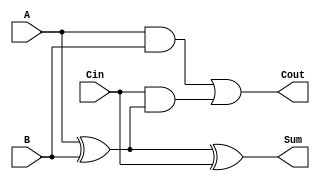
module FullAdder (
    input A,
    input B,
    input Cin,
    output Sum,
    output Cout
);
    assign Sum = A ^ B ^ Cin; // Sum calculation
    assign Cout = (A & B) | (Cin & (A ^ B)); // Carry-out calculation
endmodule